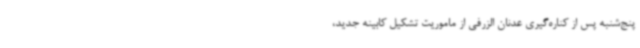
پنج‌شنبه پس از کناره‌گیری عدنان الزرفی از ماموریت تشکیل کابینه جدید،